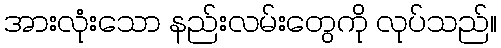
အားလုံးသော နည်းလမ်းတွေကို လုပ်သည်။